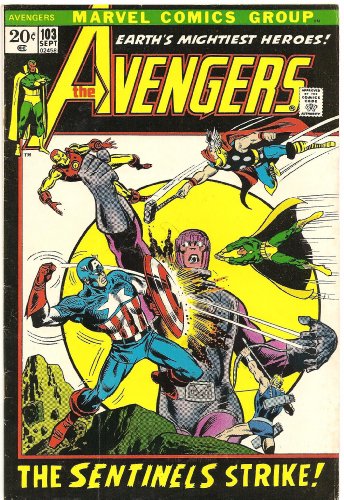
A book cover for The Avengers (Marvel Comic #103) September 1972; Roy Thomas; Comics & Graphic Novels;